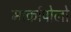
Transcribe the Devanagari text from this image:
मार्कापोलो